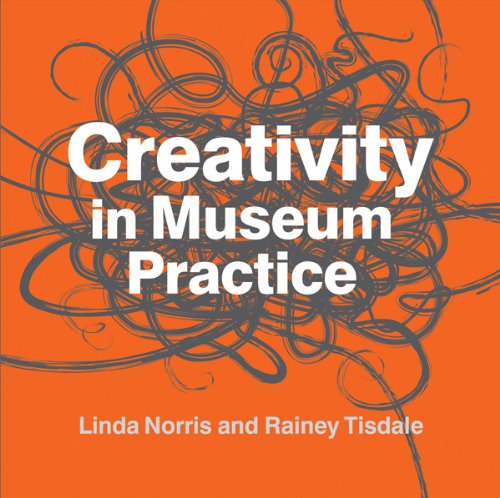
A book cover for Creativity in Museum Practice; Linda Norris; Business & Money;